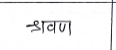
मजकूर: श्रवण